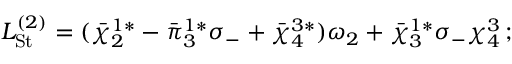
L _ { \mathrm { S t } } ^ { ( 2 ) } = ( { \bar { \chi } } _ { 2 } ^ { 1 * } - { \bar { \pi } } _ { 3 } ^ { 1 * } \sigma _ { - } + { \bar { \chi } } _ { 4 } ^ { 3 * } ) \omega _ { 2 } + { \bar { \chi } } _ { 3 } ^ { 1 * } \sigma _ { - } \chi _ { 4 } ^ { 3 } \, ;